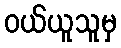
ဝယ်ယူသူမှ